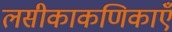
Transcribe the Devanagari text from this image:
लसीकाकणिकाएँ